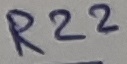
Text: R22